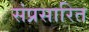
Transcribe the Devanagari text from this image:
संप्रसारित